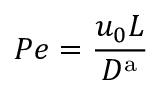
P e = \frac { u _ { 0 } L } { D ^ { \mathrm { a } } }